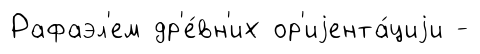
Рафаэл'ем др'е́вн'их ор'иjента́циjи -